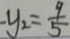
- y _ { 2 } = \frac { 9 } { 5 }